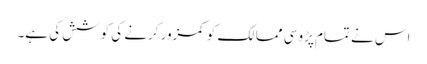
اس نے تمام پڑوسی ممالک کو کمزور کرنے کی کوشش کی ہے۔